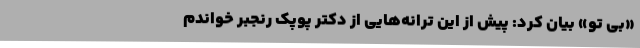
«بی تو» بیان کرد: پیش از این ترانه‌هایی از دکتر پوپک رنجبر خواندم